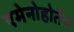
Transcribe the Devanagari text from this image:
एमेनोहोतेप